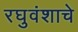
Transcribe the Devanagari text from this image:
रघुवंशाचे